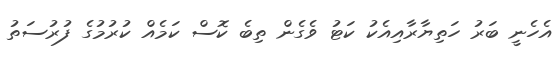
އެހެނީ ބަރު ހަތިޔާރާއިއެކު ކަޓު ވެގެން ތިބެ ކޮސް ކަމެއް ކުރުމުގެ ފުރުސަތު